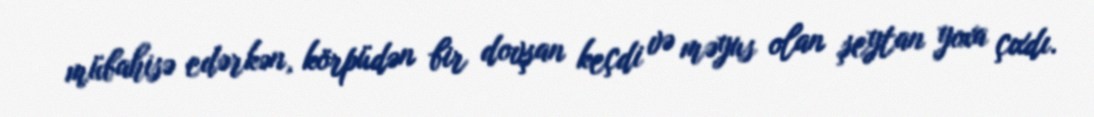
mübahisə edərkən, körpüdən bir dovşan keçdi və məyus olan şeytan yoxa çıxdı.